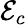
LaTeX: \mathcal{E}_{c}